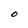
Character: O